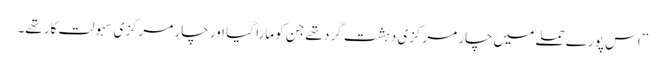
’’اس پورے حملے میں چار مرکزی دہشت گرد تھے جن کو مارا گیا اور چار مرکزی سہولت کار تھے۔